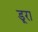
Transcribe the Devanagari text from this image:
डूरा